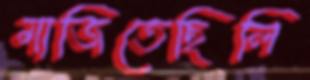
মাজিতেছিলি